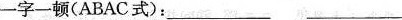
一字一顿(ABAC式)：___ ___